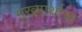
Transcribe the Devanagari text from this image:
मुख्यार्थाचा